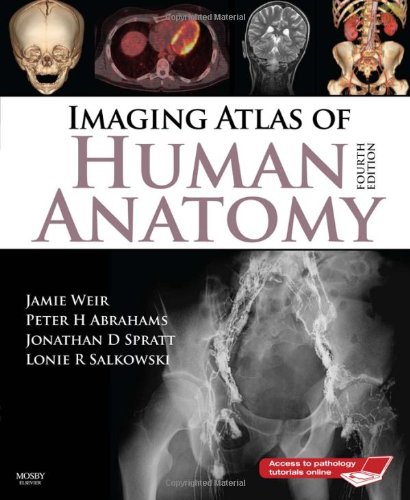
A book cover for Imaging Atlas of Human Anatomy, 4e; Jamie Weir; Medical Books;